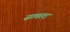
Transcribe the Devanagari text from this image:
सतघरवा